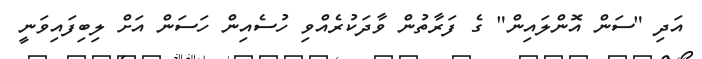
އަދި "ސަން އޮންލައިން" ގެ ފަރާތުން ވާދަކުރެއްވި ހުސެއިން ހަސަން އަށް ލިބިފައިވަނީ